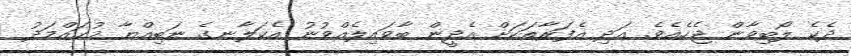
ދެކެ ލޯބިވާން ޖެހެއެވެ. އަދި އެފަރާތަކަށް އެދީން ބާވައިލެއްވުނު އެކަލާނގެ ނަބިއްޔާ މުޙައްމަދު